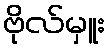
ဗိုလ်မှူး